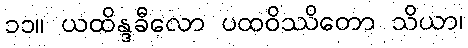
၁၁။ ယထိန္ဒခီလော ပထဝိဿိတော သိယာ၊